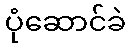
ပုံဆောင်ခဲ